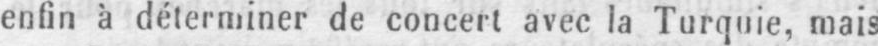
enfin à déterminer de concert avec la Turquie, mais